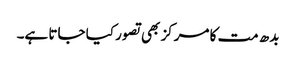
بدھ مت کا مرکز بھی تصور کیا جاتا ہے۔